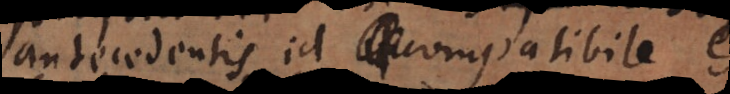
antecedentis id compatibile est